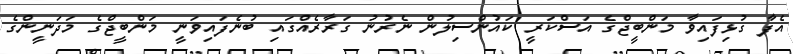
އެފާ ގުޅިފައިވާ މަންބީޖްގެ އަސްކަރީ ކައުންސިލުން ނެރުނު ގަރާރެއްގައި ބުނެފައިވަނީ މަންބީޖްގެ މަދަނީންގެ